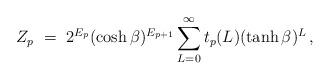
LaTeX: \begin{align*}Z_p ~=~ 2^{E_p} (\cosh \beta)^{E_{p+1}} \sum_{L=0}^\infty t_p(L) (\tanh \beta)^L \, ,\end{align*}